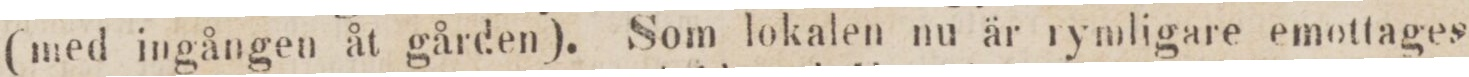
(med ingången åt gården). Som lokalen nu är rymligare emottages